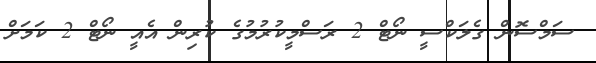
ސަމްސޮން ގެލަކްސީ ނޯޓް 2 ރަސްމީކުރުމުގެ ކުރިން އެއީ ނޯޓް 2 ކަމަށް